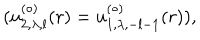
( u _ { 2 , \lambda , l } ^ { ( \circ ) } ( r ) = u _ { 1 , \lambda , - l - 1 } ^ { ( \circ ) } ( r ) ) ,